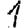
Digit: 1